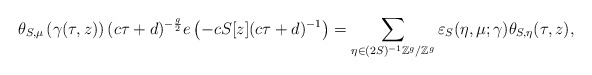
\begin{align*}\theta_{S,\mu}\left(\gamma(\tau,z)\right)(c \tau + d)^{-\frac{g}{2}} e\left(-c S[z] (c \tau+d)^{-1}\right)=\sum_{\eta\in(2S)^{-1}\mathbb Z^g/\mathbb Z^g} \varepsilon_{S}(\eta, \mu;\gamma)\theta_{S,\eta}(\tau, z),\end{align*}